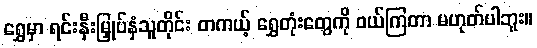
ရွှေမှာ ရင်းနှီးမြှုပ်နှံသူတိုင်း တကယ့် ရွှေတုံးတွေကို ဝယ်ကြတာ မဟုတ်ပါဘူး။